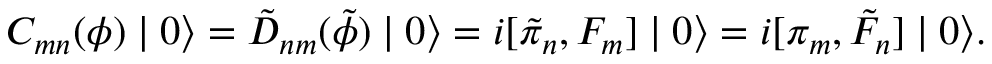
C _ { m n } ( \phi ) \mid 0 \rangle = \tilde { D } _ { n m } ( \tilde { \phi } ) \mid 0 \rangle = i [ \tilde { \pi } _ { n } , F _ { m } ] \mid 0 \rangle = i [ \pi _ { m } , \tilde { F } _ { n } ] \mid 0 \rangle .